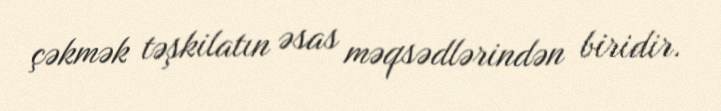
çəkmək təşkilatın əsas məqsədlərindən biridir.